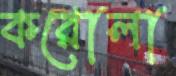
করোলা